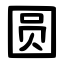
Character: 圆